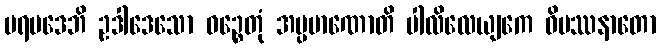
ပရပဒေဘိ ဥဒါဒေသော ဝဉ္စေတုံ အပ္ပမာဏောတိ ပါလိလေယျကေ ဝိပဿနာတော